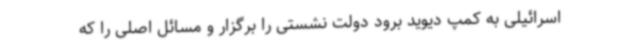
اسرائیلی به کمپ دیوید برود دولت نشستی را برگزار و مسائل اصلی را که